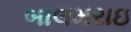
બાલમરાઇ